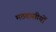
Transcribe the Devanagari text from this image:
मठवासीयों